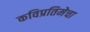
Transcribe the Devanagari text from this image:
कविप्रतिमेचा